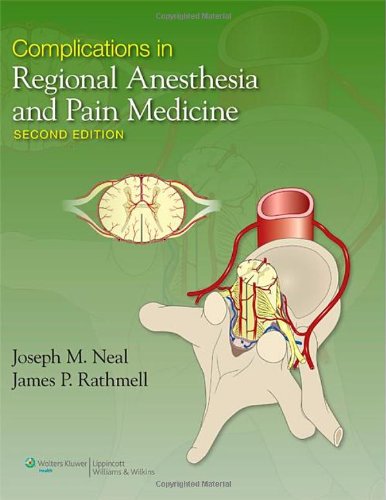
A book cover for Complications in Regional Anesthesia and Pain Medicine; James P. Rathmell MD; Medical Books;